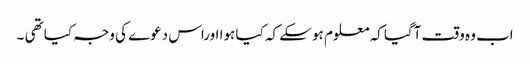
اب وہ وقت آگیا کہ معلوم ہو سکے کہ کیا ہوا اوراس دعوے کی وجہ کیا تھی ۔